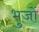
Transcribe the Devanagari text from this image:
भुजों